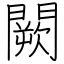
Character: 闕